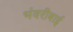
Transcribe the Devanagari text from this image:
भंवरीबाई